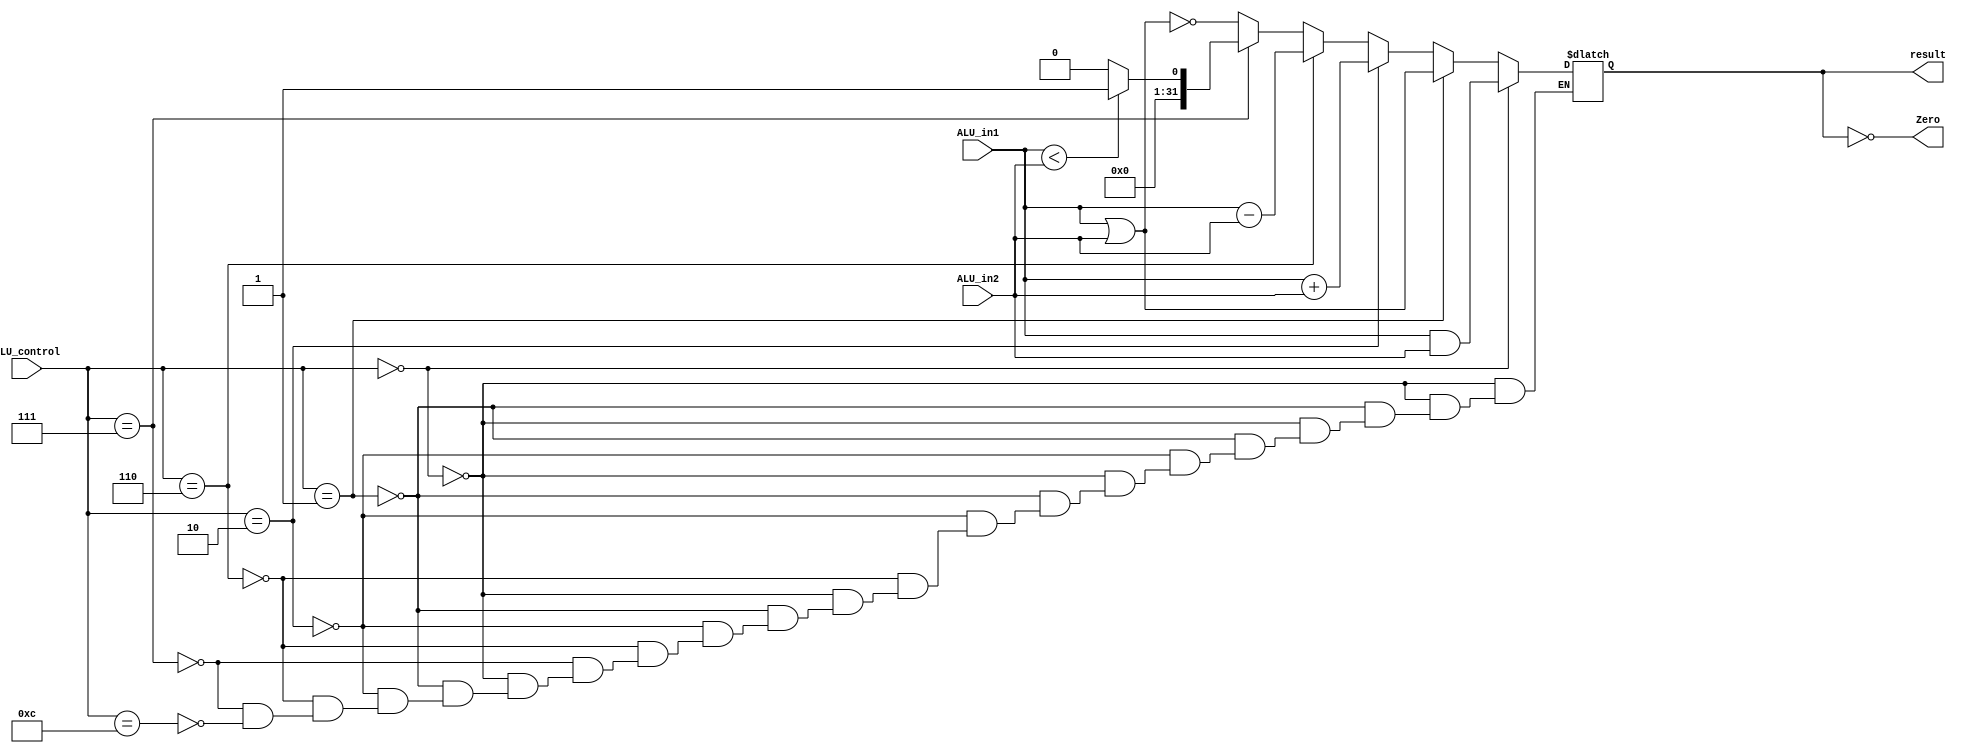
`ifndef MODULE_ALU
`define MODULE_ALU


`timescale 1ns / 1ps
//////////////////////////////////////////////////////////////////////////////////
// Company: 
// Engineer: 
// 
// Design Name: 
// Module Name: ALU
// Project Name: 
// Target Devices: 
// Tool Versions: 
// Description: 
// 
// Dependencies: 
// 
// Revision:
// Revision 0.01 - File Created
// Additional Comments:
// 
//////////////////////////////////////////////////////////////////////////////////


module ALU(ALU_in1, ALU_in2, ALU_control, Zero, result);
    input [31:0] ALU_in1, ALU_in2;
    input [3:0] ALU_control;
    output Zero;
    output [31:0] result;
    reg [31:0] result;

    assign Zero = (result == 0);

    initial begin
      result = 0;
    end

    always @ (ALU_in1 or ALU_in2 or ALU_control)
    begin
        if (ALU_control == 4'b0000) result = ALU_in1 & ALU_in2;
        else if (ALU_control == 4'b0001) result = ALU_in1 | ALU_in2;
        else if (ALU_control == 4'b0010) result = ALU_in1 + ALU_in2;
        else if (ALU_control == 4'b0110) result = ALU_in1 - ALU_in2;
        else if (ALU_control == 4'b0111) begin
            if (ALU_in1 < ALU_in2) result = 1;
            else result = 0;
            end
        else if (ALU_control == 4'b1100) result = ~ (ALU_in1 | ALU_in2);
    end


endmodule

`endif